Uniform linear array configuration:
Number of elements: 24
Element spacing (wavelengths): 1
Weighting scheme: hann
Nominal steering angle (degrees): -60
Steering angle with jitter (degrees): -60.307
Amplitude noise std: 0.05
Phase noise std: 0.05

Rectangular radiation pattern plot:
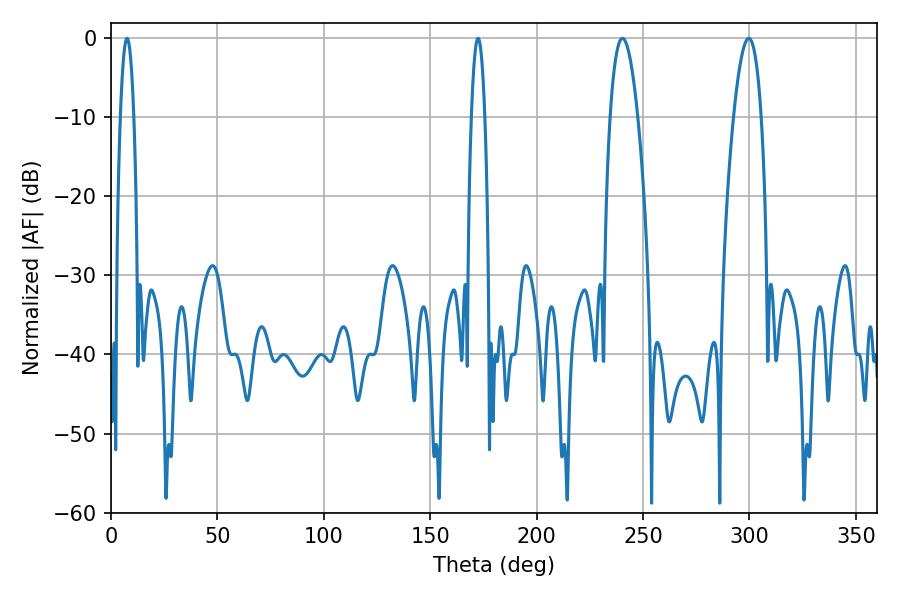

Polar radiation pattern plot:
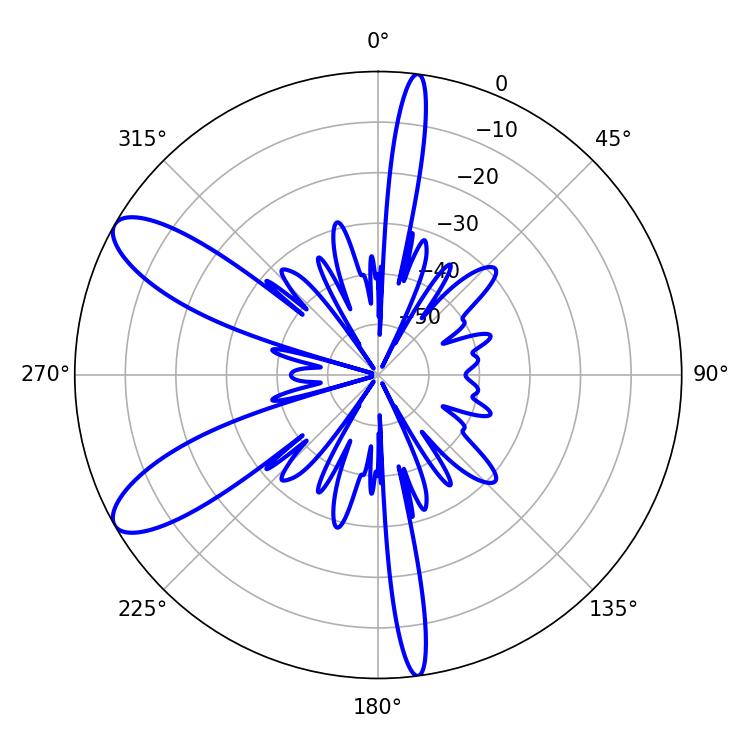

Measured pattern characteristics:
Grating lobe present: TRUE
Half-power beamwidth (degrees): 7.2
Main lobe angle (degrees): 240.3